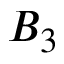
B _ { 3 }